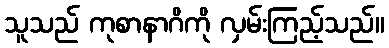
သူသည် ကုစာနာဂိကို လှမ်းကြည့်သည်။